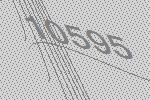
10595